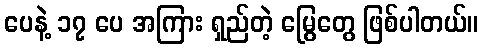
ပေနဲ့ ၁၇ ပေ အကြား ရှည်တဲ့ မြွေတွေ ဖြစ်ပါတယ်။